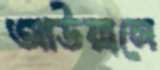
আউয়ালে